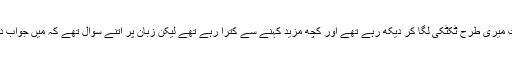
میرے صحافی دوست میری طرح ٹکٹکی لگا کر دیکھ رہے تھے اور کچھ مزید کہنے سے کترا رہے تھے لیکن زبان پر اتنے سوال تھے کہ میں جواب دینے سے گھبرا گئی۔